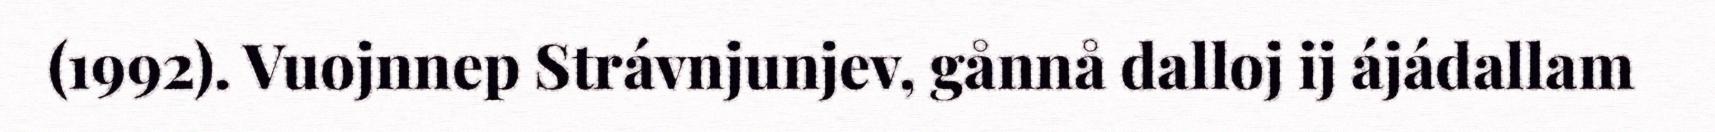
(1992). Vuojnnep Strávnjunjev, gånnå dalloj ij ájádallam